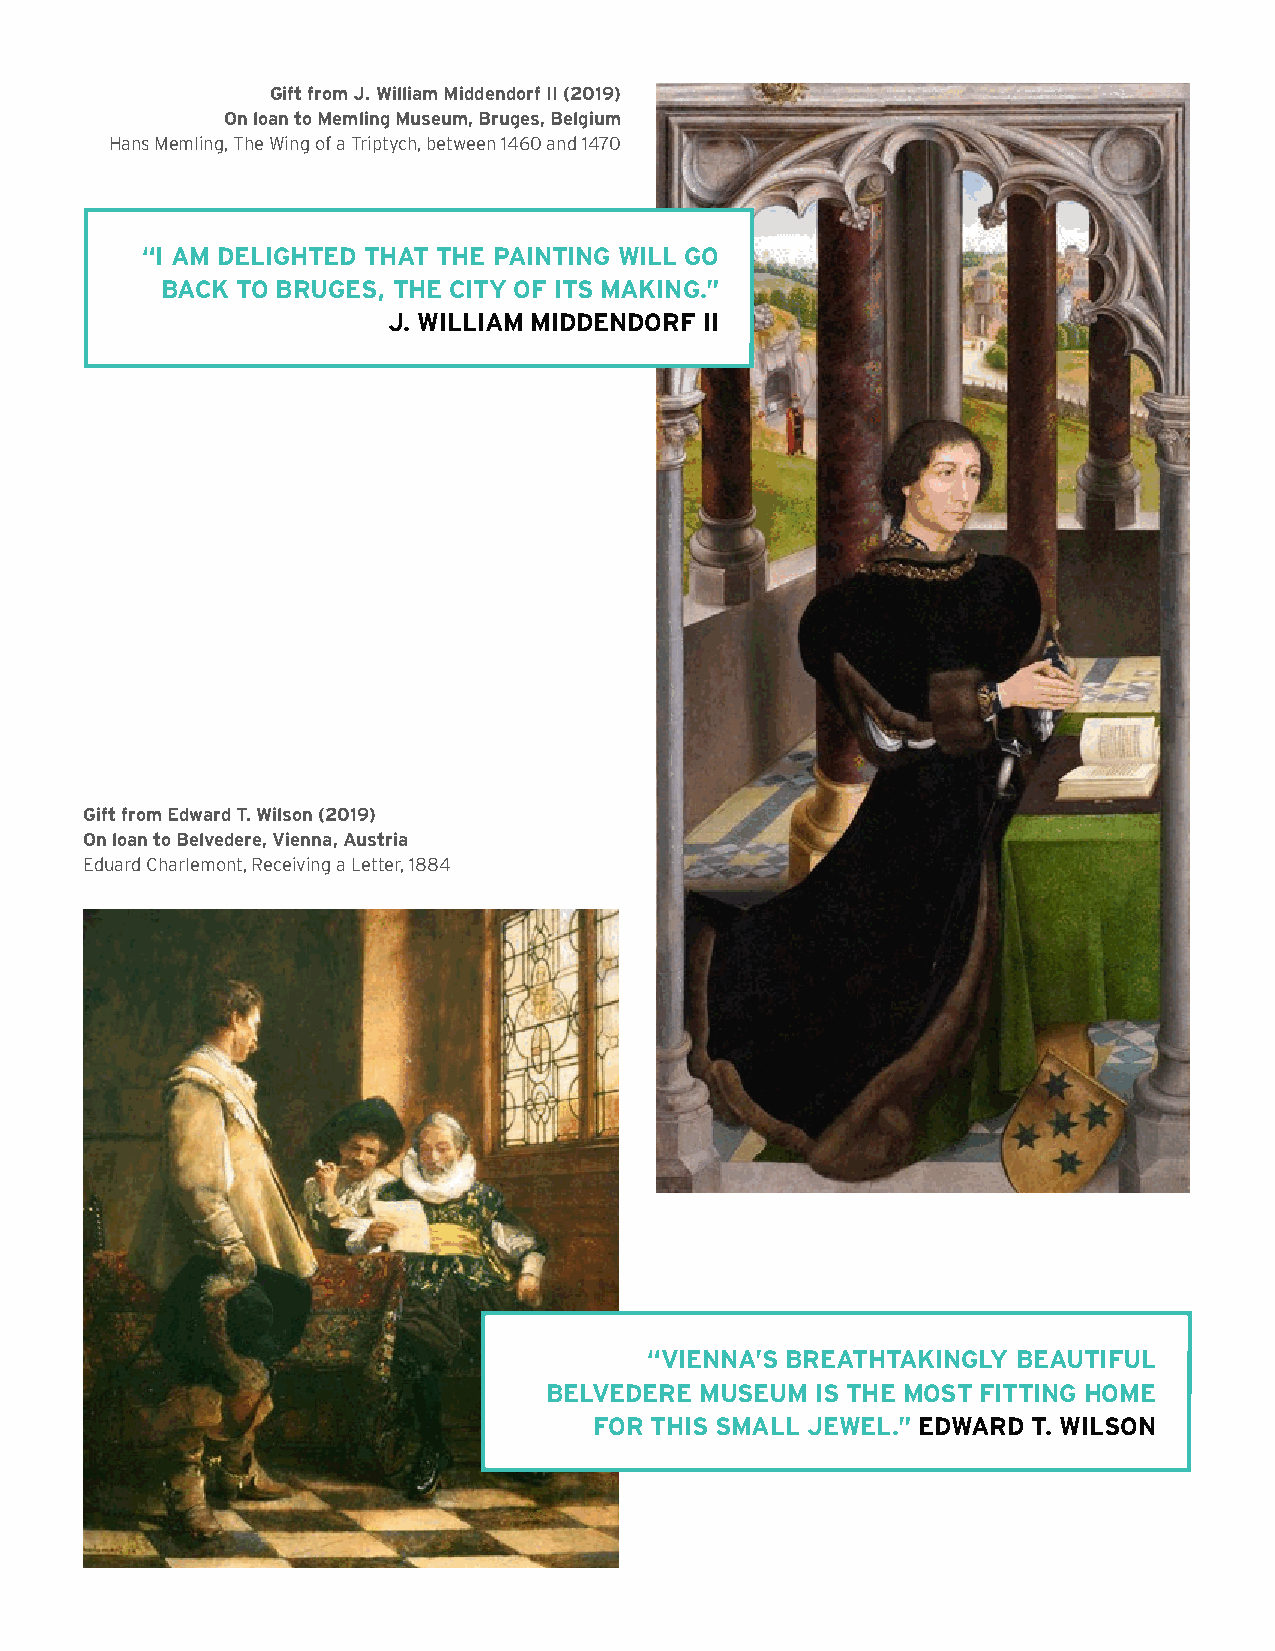
Gift from J. William Middendorf II (2019)
 On loan to Memling Museum, Bruges, Belgium
 Hans Memling, The Wing of a Triptych, between 1460 and 1470
 “I AM DElIGHTED THAT THE PAINTING WIll GO
 BACK TO BRUGES, THE CITy OF ITS MAKING.”
 J. WIllIAM MIDDENDORF II
 Gift from Edward T. Wilson (2019)
 On loan to Belvedere, Vienna, Austria
 Eduard Charlemont, Receiving a Letter, 1884
 “VIENNA’S BREATHTAKINGly BEAUTIFUl
 BElVEDERE MUSEUM  IS THE MOST FITTING HOME
 FOR THIS SMAll JEWEl.” EDWARD T. WIlSON